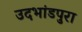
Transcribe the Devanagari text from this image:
उदभांडपुरा